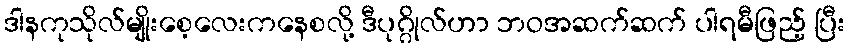
ဒါနကုသိုလ်မျိုးစေ့လေးကနေစလို့ ဒီပုဂ္ဂိုလ်ဟာ ဘဝအဆက်ဆက် ပါရမီဖြည့် ပြီး